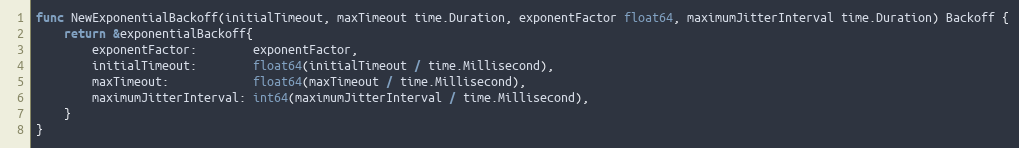
Language: Go
func NewExponentialBackoff(initialTimeout, maxTimeout time.Duration, exponentFactor float64, maximumJitterInterval time.Duration) Backoff {
	return &exponentialBackoff{
		exponentFactor:        exponentFactor,
		initialTimeout:        float64(initialTimeout / time.Millisecond),
		maxTimeout:            float64(maxTimeout / time.Millisecond),
		maximumJitterInterval: int64(maximumJitterInterval / time.Millisecond),
	}
}